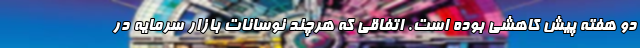
دو هفته پیش کاهشی بوده است. اتفاقی که هرچند نوسانات بازار سرمایه در